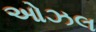
ઓઝલ